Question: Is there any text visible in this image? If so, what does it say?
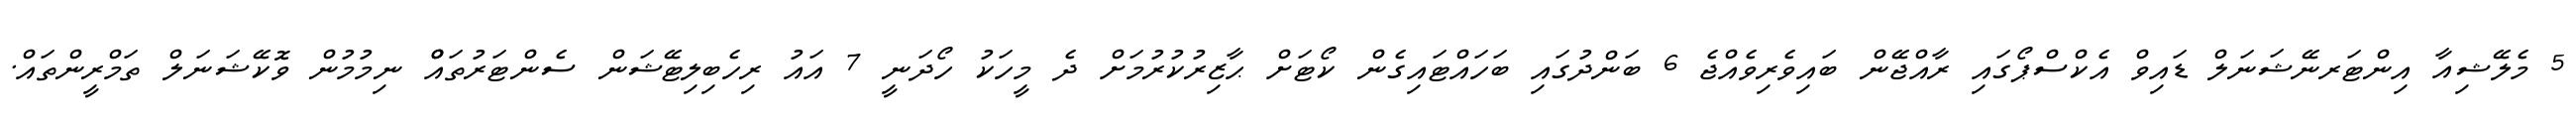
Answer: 5 މެލޭޝިއާ އިންޓަރނޭޝަނަލް ޑައިވް އެކްސްޕޯގައި ރާއްޖޭން ބައިވެރިވެއްޖެ 6 ބަންދުގައި ބަހައްޓައިގެން ކޯޓަށް ޙާޒިރުކުރުމަށް ދެ މީހަކު ހޯދަނީ 7 އައު ރިހެބިލިޓޭޝަން ސެންޓަރުތައްް ނިމުމުން ވޮކޭޝަނަލް ތަމްރީންތައް.